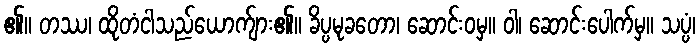
၏။ တဿ၊ ထိုတံငါသည်ယောက်ျား၏။ ခိပ္ပမုခတော၊ ဆောင်းဝမှ။ ဝါ၊ ဆောင်းပေါက်မှ။ သပ္ပံ၊